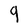
Character: 9